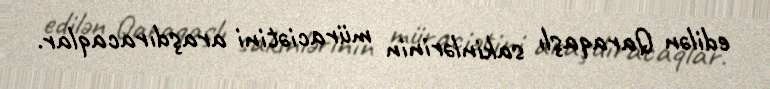
edilən Qaraqaşlı sakinlərinin müraciətini araşdıracaqlar.